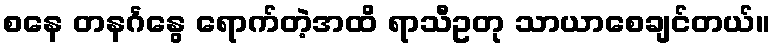
စနေ တနင်္ဂနွေ ရောက်တဲ့အထိ ရာသီဥတု သာယာစေချင်တယ်။